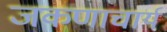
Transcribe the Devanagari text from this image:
जकणाचार्य